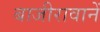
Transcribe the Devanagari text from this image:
बाजीरावानें